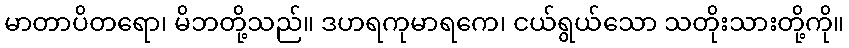
မာတာပိတရော၊ မိဘတို့သည်။ ဒဟရကုမာရကေ၊ ငယ်ရွယ်သော သတိုးသားတို့ကို။